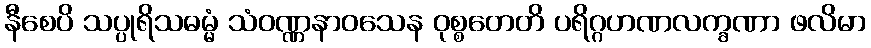
နီစေပိ သပ္ပုရိသဓမ္မံ သံဝဏ္ဏနာဝသေန ဝုစ္စတေတိ ပရိဂ္ဂဟဏလက္ခဏာ ဖလိမာ